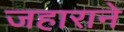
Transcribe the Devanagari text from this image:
जहाराने